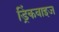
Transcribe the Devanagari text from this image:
ड्रिंकवाइज